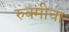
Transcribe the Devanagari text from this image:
रुक्मीचा